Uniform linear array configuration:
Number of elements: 8
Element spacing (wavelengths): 0.25
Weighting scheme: blackman
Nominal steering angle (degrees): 45
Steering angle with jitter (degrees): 45.176
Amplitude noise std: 0.05
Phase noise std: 0.05

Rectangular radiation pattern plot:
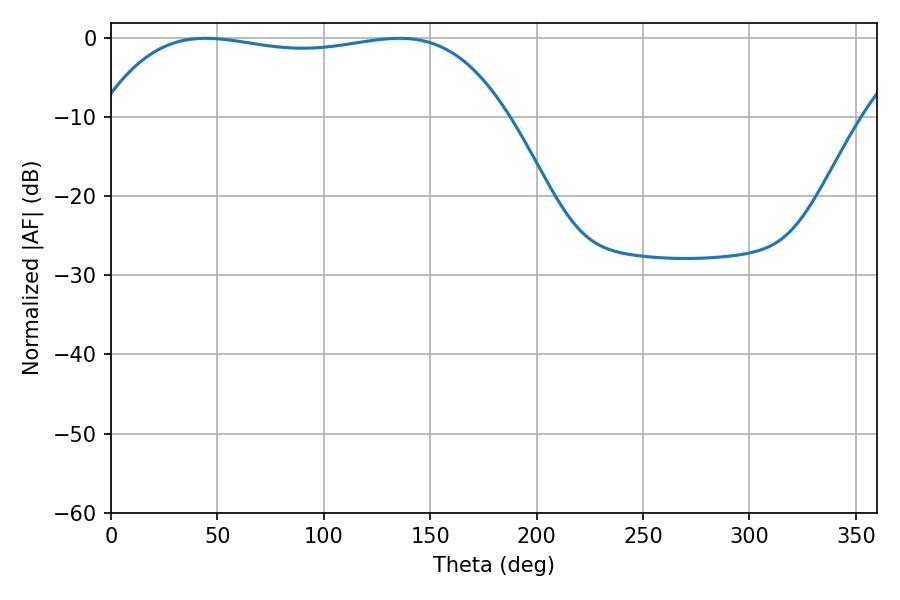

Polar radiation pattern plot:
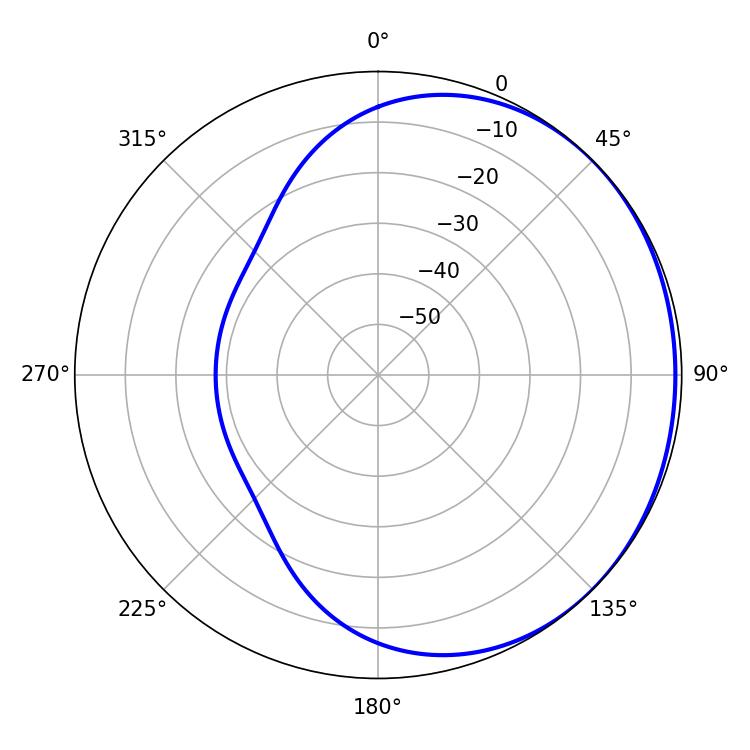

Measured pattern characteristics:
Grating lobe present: FALSE
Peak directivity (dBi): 0.7667
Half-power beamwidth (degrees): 152.64
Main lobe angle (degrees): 44.46